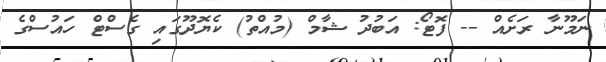
ނަމޫނާ ރަށެއް -- ފޮޓޯ: އަބުދު ޝާމް (މުއްތު) ކެޔޮދޫގައި ގެސްޓް ހައުސްގެ